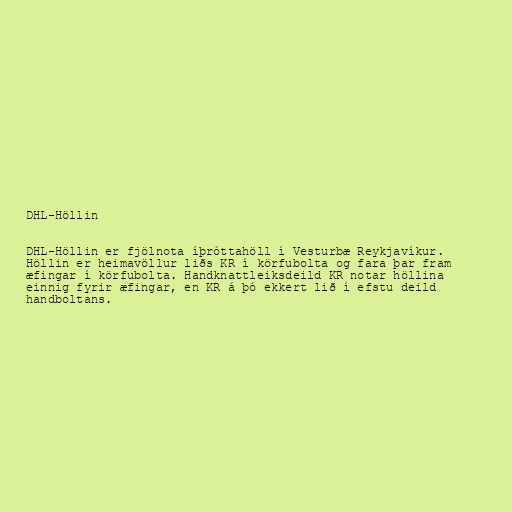
DHL-Höllin

DHL-Höllin er fjölnota íþróttahöll í Vesturbæ Reykjavíkur.
Höllin er heimavöllur liðs KR í körfubolta og fara þar fram
æfingar í körfubolta. Handknattleiksdeild KR notar höllina
einnig fyrir æfingar, en KR á þó ekkert lið í efstu deild
handboltans.